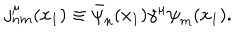
j _ { n m } ^ { \mu } ( x _ { 1 } ) \equiv \bar { \psi } _ { n } ( x _ { 1 } ) { \gamma } ^ { \mu } { \psi } _ { m } ( x _ { 1 } ) .